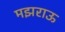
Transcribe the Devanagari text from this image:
मझराऊ